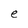
Character: e